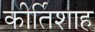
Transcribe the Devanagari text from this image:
कीर्तिशाह